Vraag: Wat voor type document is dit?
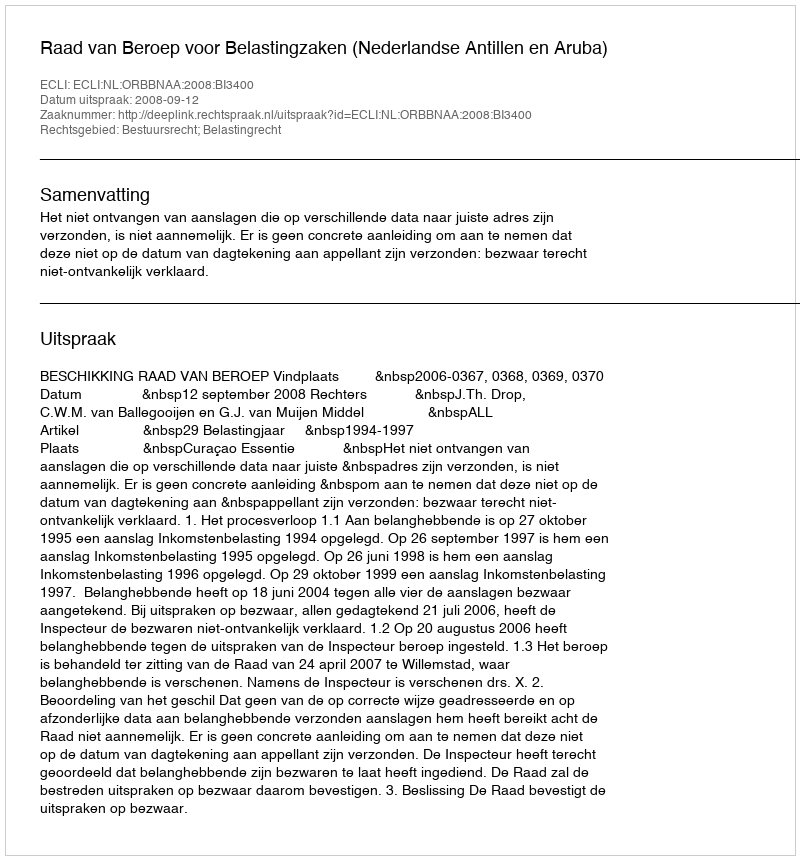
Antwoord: Uitspraak